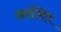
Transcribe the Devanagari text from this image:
अरजित